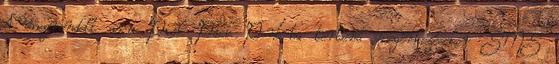
A megrendelt áru Pick Pack Pont-ba történő megérkezésekor SMS